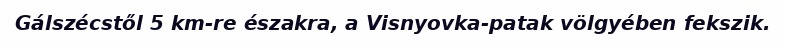
Gálszécstől 5 km-re északra, a Visnyovka-patak völgyében fekszik.